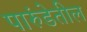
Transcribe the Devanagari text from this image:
पारुंडेतील